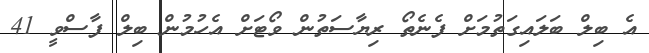
އެ ބިލް ބަލައިގަތުމަށް ފެނެތޯ ރިޔާސަތުން ވޯޓަށް އެހުމުން ބިލް ފާސްވީ 41